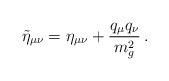
LaTeX: \begin{align*}\tilde\eta_{\mu\nu}=\eta_{\mu\nu}+\frac{q_\mu q_\nu}{m_g^2}\,.\end{align*}